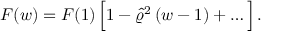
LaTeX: { \cal F } ( w ) = { \cal F } ( 1 ) \, \Big [ 1 - \hat { \varrho } ^ { 2 } \, ( w - 1 ) + \dots \Big ] \, .